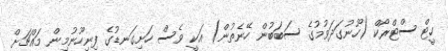
ހީޓް ސްޓްރޯކް (ހޫނުގަދަވުމުގެ ސަބަބުން ހޭނެތުން) އަކީ ވެސް ހަށިގަނޑުގެ ފިނިހޫނުމިން މައްޗަށް